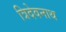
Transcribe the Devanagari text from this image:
त्रिदेवनाथ